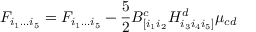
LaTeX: { \cal F } _ { i _ { 1 } \dots i _ { 5 } } = F _ { i _ { 1 } \dots i _ { 5 } } - \frac { 5 } { 2 } B _ { [ i _ { 1 } i _ { 2 } } ^ { c } H _ { i _ { 3 } i _ { 4 } i _ { 5 } ] } ^ { d } \mu _ { c d }